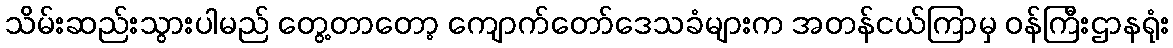
သိမ်းဆည်းသွားပါမည် တွေ့တာတော့ ကျောက်တော်ဒေသခံများက အတန်ငယ်ကြာမှ ဝန်ကြီးဌာနရုံး